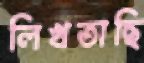
লিখতাছি